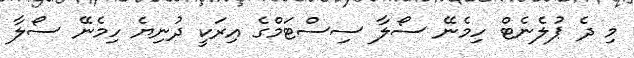
މި ދެ ޕުލެނެޓް ހިމެނޭ ސޯލާ ސިސްޓަމްގެ އިރަކީ ދުނިޔެ ހިމެނޭ ސޯލާ